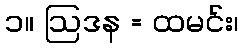
၁။ ဩဒန = ထမင်း၊